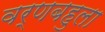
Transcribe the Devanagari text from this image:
वर्णबहुला